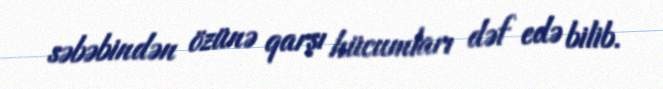
səbəbindən özünə qarşı hücumları dəf edə bilib.